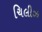
ચિલીઝ